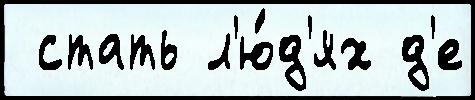
 стать л'ю́д'ях д'е